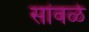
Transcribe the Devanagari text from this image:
सांवळे